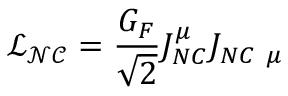
\mathcal { L _ { N C } } = \frac { G _ { F } } { \sqrt { 2 } } J _ { N C } ^ { \mu } J _ { N C ~ \mu }